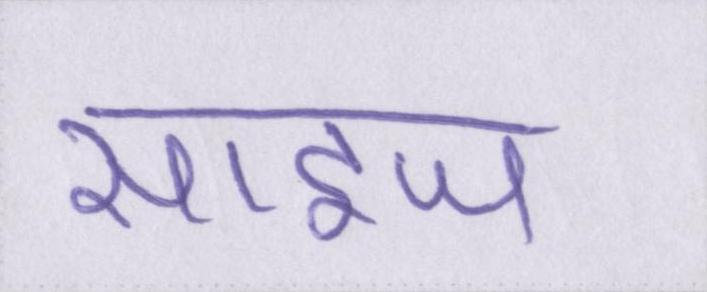
साइज